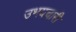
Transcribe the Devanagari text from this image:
उभयचारी